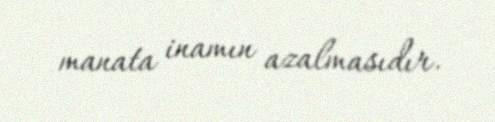
manata inamın azalmasıdır.